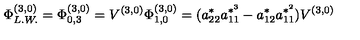
\Phi _ { L . W . } ^ { ( 3 , 0 ) } = \Phi _ { 0 , 3 } ^ { ( 3 , 0 ) } = V ^ { ( 3 , 0 ) } \Phi _ { 1 , 0 } ^ { ( 3 , 0 ) } = ( a _ { 2 2 } ^ { * } a _ { 1 1 } ^ { * ^ { 3 } } - a _ { 1 2 } ^ { * } a _ { 1 1 } ^ { * ^ { 2 } } ) V ^ { ( 3 , 0 ) }